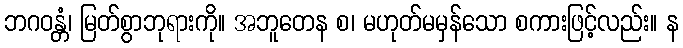
ဘဂဝန္တံ၊ မြတ်စွာဘုရားကို။ အဘူတေန စ၊ မဟုတ်မမှန်သော စကားဖြင့်လည်း။ န